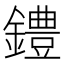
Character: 𫓐